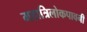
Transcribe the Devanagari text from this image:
महात्रिलोकपावनी